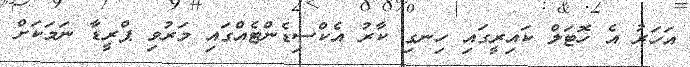
އަހަރު އެ ހޮޓަލް ކައިރީގައި ހިނގި ކާރު އެކްސިޑެންޓެއްގައި މަރުވި ޕްރީޑާ ނަމަކަށް